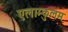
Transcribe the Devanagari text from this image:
एलाम्कुलम